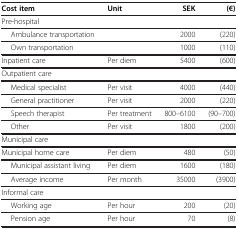
| Cost item | Unit | SEK | (€) |
 | --- | --- | --- | --- |
 | Pre-hospital |  |  |  |
 | Ambulance transportation |  | 2000 | (220) |
 | Own transportation |  | 1000 | (110) |
 | Inpatient care | Per diem | 5400 | (600) |
 | Outpatient care |  |  |  |
 | Medical specialist | Per visit | 4000 | (440) |
 | General practitioner | Per visit | 2000 | (220) |
 | Speech therapist | Per treatment | 800–6100 | (90–700) |
 | Other | Per visit | 1800 | (200) |
 | Municipal care |  |  |  |
 | Municipal home care | Per diem | 480 | (50) |
 | Municipal assistant living | Per diem | 1600 | (180) |
 | Average income | Per month | 35000 | (3900) |
 | Informal care |  |  |  |
 | Working age | Per hour | 200 | (20) |
 | Pension age | Per hour | 70 | (8) |